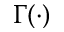
\Gamma ( \cdot )